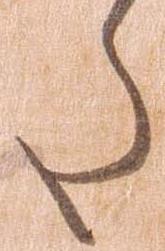
た